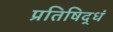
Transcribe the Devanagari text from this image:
प्रतिषिद्धं